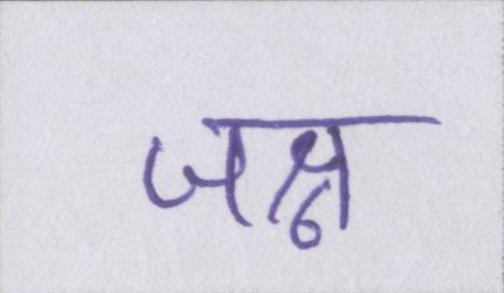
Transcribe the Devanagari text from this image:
जश्न